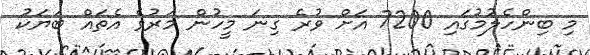
މި ބިންހެލުމުގައި 7200 އަށް ވުރެ ގިނަ މީހުން މަރުވެ އެތައް ބަޔަކު